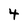
Character: 4